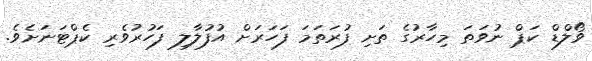
ވޯލްޑް ކަޕް ނުވަތަ މިހާރުގެ ތަށި ފުރަތަމަ ފަހަރަށް އުފުލާލި ފަހުރުވެރި ކެޕްޓަނަށެވެ.